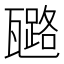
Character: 𤮗